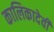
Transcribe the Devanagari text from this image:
कालिकादेवी